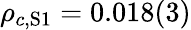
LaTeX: \rho_{c,\mathrm{S1}}=0.018(3)